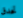
تحدق